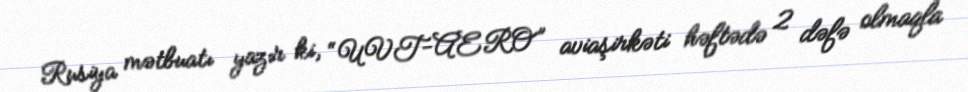
Rusiya mətbuatı yazır ki, “UVT-AERO” aviaşirkəti həftədə 2 dəfə olmaqla